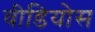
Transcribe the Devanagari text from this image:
वीडियोस